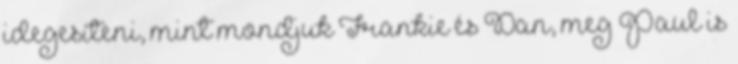
idegesíteni, mint mondjuk Frankie és Dan, meg Paul is